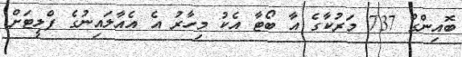
ބޮއިންގް 737 މަރުކާގެ އާ ބޯޓާ އެކު މިހާރު އެ އެއާލައިނުގެ ފްލީޓަށް